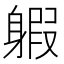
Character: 𨉣